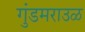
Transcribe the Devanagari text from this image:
गुंडमराउळ